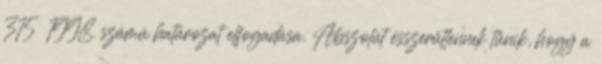
315 1998. számú határozat elfogadása. Abszolút ésszerűtlennek tűnik, hogy a